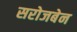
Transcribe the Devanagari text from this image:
सरोजबेन